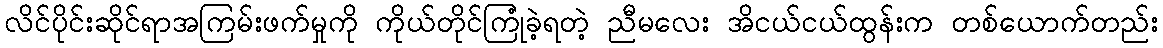
လိင်ပိုင်းဆိုင်ရာအကြမ်းဖက်မှုကို ကိုယ်တိုင်ကြုံခဲ့ရတဲ့ ညီမလေး အိငယ်ငယ်ထွန်းက တစ်ယောက်တည်း